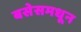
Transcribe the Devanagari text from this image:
बसेसमधून